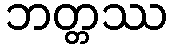
ဘတ္တဿ